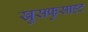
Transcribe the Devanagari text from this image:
खुसफुसाहट